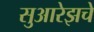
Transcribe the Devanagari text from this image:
सुआरेझचे